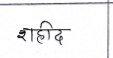
मजकूर: शहीद